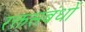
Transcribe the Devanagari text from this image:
रक्तसंबंधों